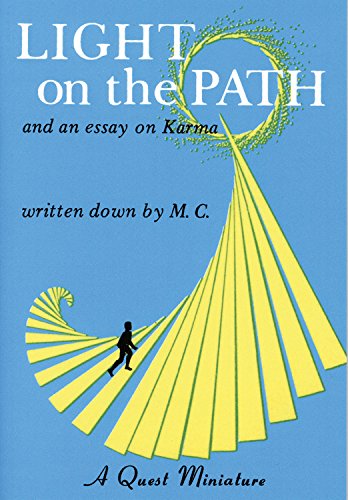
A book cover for Light on the Path: and an essay on Karma; Religion & Spirituality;